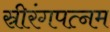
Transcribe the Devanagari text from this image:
स्रीरंगपत्नम